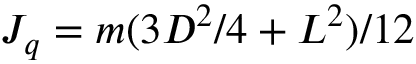
J _ { q } = m ( 3 D ^ { 2 } / 4 + L ^ { 2 } ) / 1 2